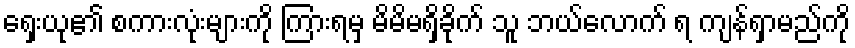
ရှေးယု၏ စကားလုံးများကို ကြားရမှ မိမိမရှိခိုက် သူ ဘယ်လောက် ရ ကျန်ရှာမည်ကို